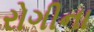
રોગીના